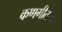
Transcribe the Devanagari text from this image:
कणगीतून